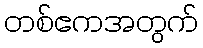
တစ်ဧကအတွက်